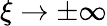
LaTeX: \xi\rightarrow\pm\infty